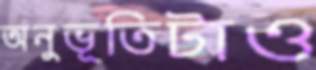
অনুভূতিটাও